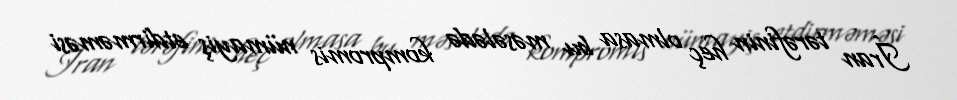
İran tərəfinin heç olmasa bu məsələdə kompromis nümayiş etdirməməsi